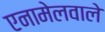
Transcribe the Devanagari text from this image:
एनामेलवाले